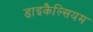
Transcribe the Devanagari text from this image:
डाइकैल्सियम